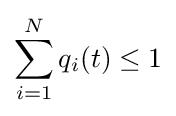
\sum _{i=1}^{N}q_{i}(t)\leq 1